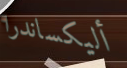
أليكساندرا